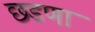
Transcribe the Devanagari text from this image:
छडणा